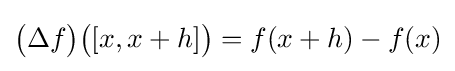
{\big (}\Delta f{\big )}{\big (}[x,x+h]{\big )}=f(x+h)-f(x)